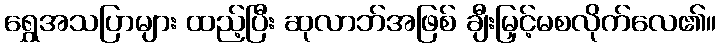
ရွှေအသပြာများ ထည့်ပြီး ဆုလာဘ်အဖြစ် ချီးမြှင့်မစလိုက်လေ၏။